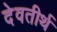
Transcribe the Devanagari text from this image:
देवतीर्थ